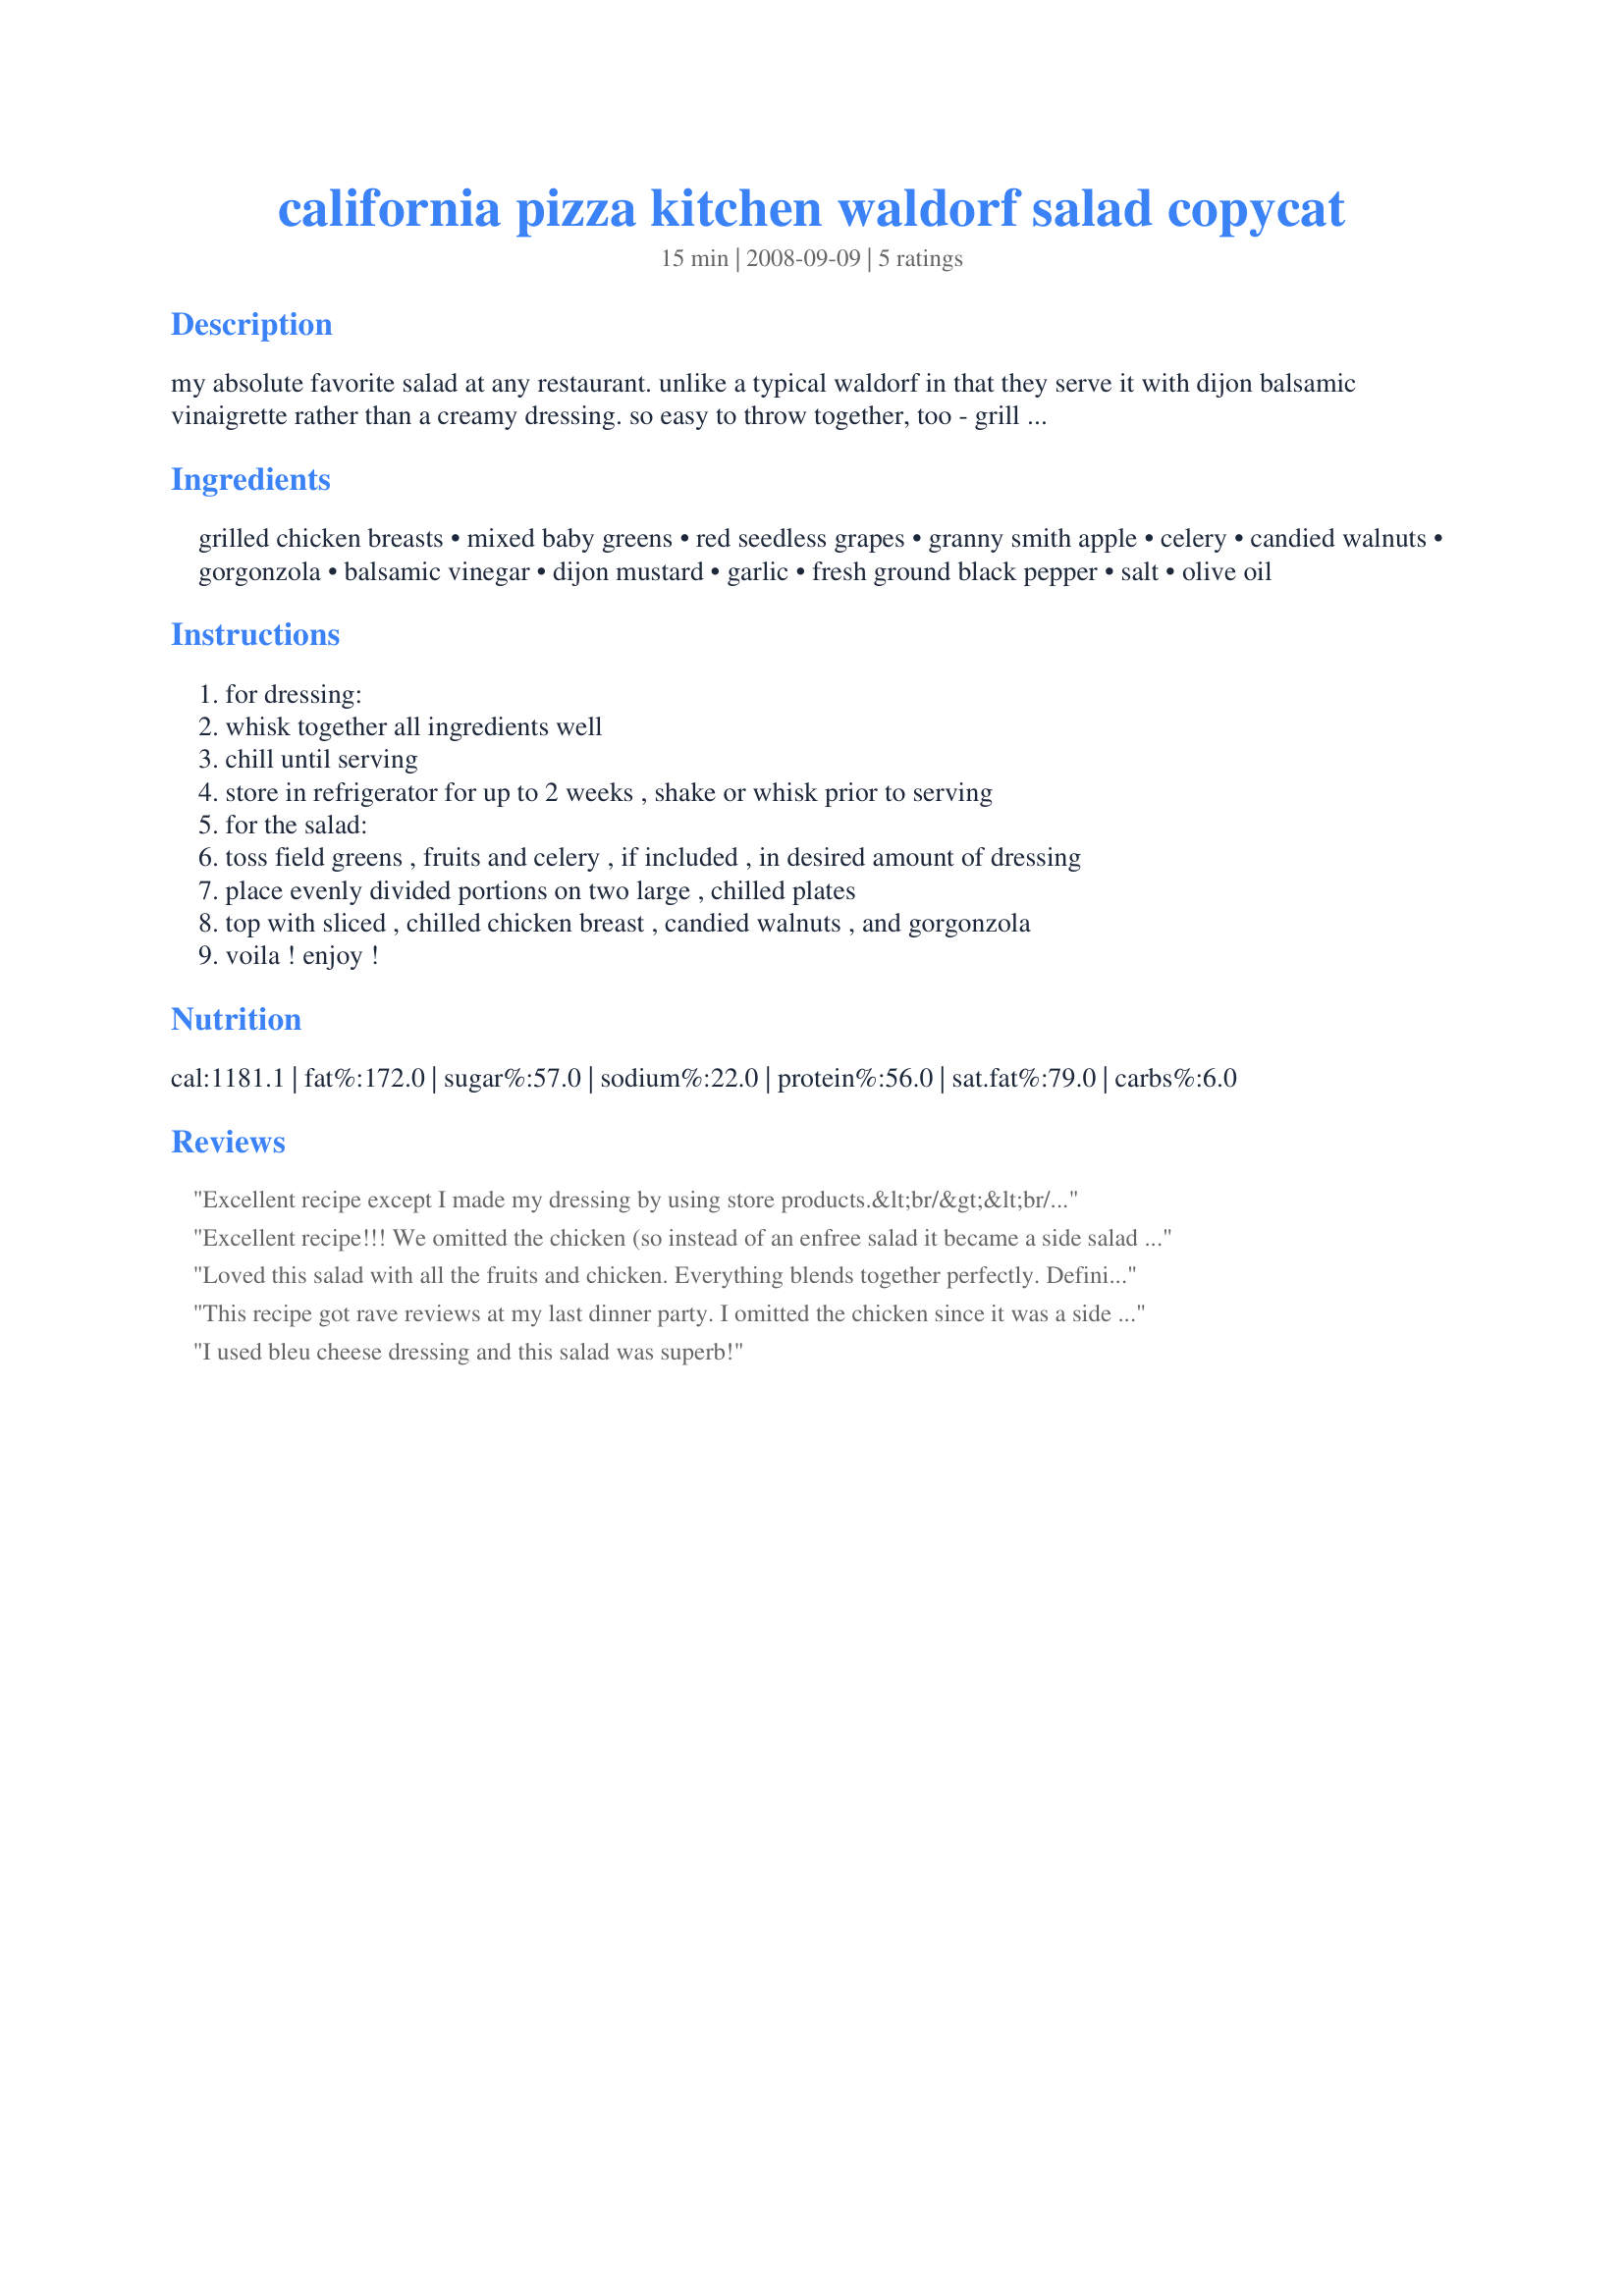
california pizza kitchen waldorf salad copycat
Preparation time: 15 minutes

my absolute favorite salad at any restaurant. unlike a typical waldorf in that they serve it with dijon balsamic vinaigrette rather than a creamy dressing. so easy to throw together, too - grill the chicken a day before or even while putting together the salad ingredients! makes 2 dinner-sized salads - adjust the amounts accordingly if you prefer less greens. the dressing recipe makes more like 8 servings as i like to keep extra on hand. i hope you enjoy it!

Ingredients:
grilled chicken breasts, mixed baby greens, red seedless grapes, granny smith apple, celery, candied walnuts, gorgonzola, balsamic vinegar, dijon mustard, garlic, fresh ground black pepper, salt, olive oil

Steps:
for dressing:
whisk together all ingredients well
chill until serving
store in refrigerator for up to 2 weeks , shake or whisk prior to serving
for the salad:
toss field greens , fruits and celery , if included , in desired amount of dressing
place evenly divided portions on two large , chilled plates
top with sliced , chilled chicken breast , candied walnuts , and gorgonzola
voila ! enjoy !

Reviews:
Excellent recipe except I made my dressing by using store products.&lt;br/&gt;&lt;br/&gt;i mixed 3 (16 oz ) bottles of olive garden dressing ($ 3.28 ea ) @ walmart with 1 ( 17 oz ) bottle of colvita red balsaimic vinegar ( $ 3.44 ) @ walmart. It was a perfect match.
Excellent recipe!!! We omitted the chicken (so instead of an enfree salad it became a side salad to our actual entree: pork chops) and used crumbled goats cheese instead (but only because we couldn&#039;t find the cheese in the recipe at our grocery store)
Loved this salad with all the fruits and chicken. Everything blends together perfectly. Definitely add the candied nuts. They are wonderful. Used Recipe #48012 and made them a day ahead.
This recipe got rave reviews at my last dinner party. I omitted the chicken since it was a side salad. Funny, as we were prepping the dinner table, a guest commented that salad is usually overlooked when there are so many other dishes on the table. This salad generated most favorable comments! Thank you.
I used bleu cheese dressing and this salad was superb!
